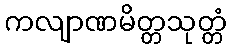
ကလျာဏမိတ္တသုတ္တံ